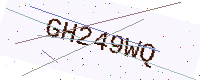
Text: GH249WQ